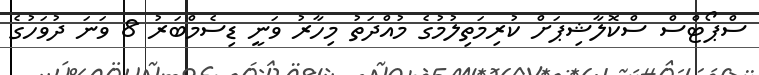
ސްޕޯޓްސް ސްކޮލާޝިޕަށް ކުރިމަތިލުމުގެ މުއްދަތު މިހާރު ވަނީ ޑިސެމްބަރު 8 ވަނަ ދުވަހުގެ